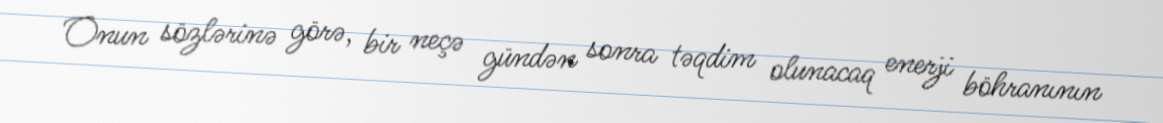
Onun sözlərinə görə, bir neçə gündən sonra təqdim olunacaq enerji böhranının